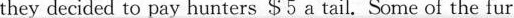
they decided to pay hunters S5 a tail. Scme of the fur